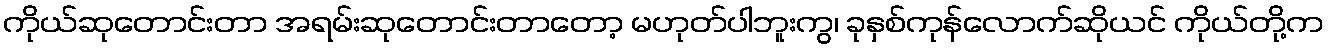
ကိုယ်ဆုတောင်းတာ အရမ်းဆုတောင်းတာတော့ မဟုတ်ပါဘူးကွ၊ ခုနှစ်ကုန်လောက်ဆိုယင် ကိုယ်တို့က